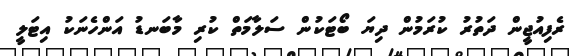
ރެފިއުޖީން ދަތުރު ކުރަމުން ދިޔަ ބޯޓަކުން ސަލާމަތް ކުރި މާބަނޑު އަންހެނަކު އިޓަލީ